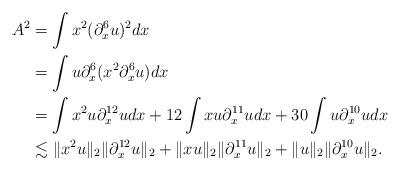
LaTeX: \begin{align*}A^{2}&= \int x^{2}(\partial_x^6u)^2dx\\&= \int u\partial_x^6(x^2\partial_x^6u)dx\\&= \int x^{2}u\partial_x^{12}udx+12\int xu\partial_x^{11}udx+30\int u\partial_x^{10}udx\\&\lesssim \|x^{2}u\|_2\|\partial_x^{12}u\|_2+ \|xu\|_2\|\partial_x^{11}u\|_2+ \|u\|_2\|\partial_x^{10}u\|_2.\end{align*}